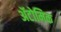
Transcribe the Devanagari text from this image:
ॲटोमिक